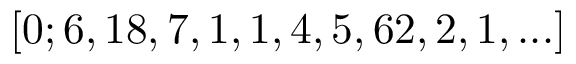
[ 0 ; 6 , 1 8 , 7 , 1 , 1 , 4 , 5 , 6 2 , 2 , 1 , . . . ]